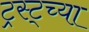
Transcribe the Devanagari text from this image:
ट्रस्ट्च्या